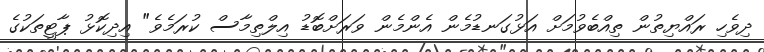
ދިވެހި ރައްޔިތުން ތިއްބެވުމަށް އަޅުގަނޑުމެން އެންމެން ވަރަށްބޮޑު އިލްތިމާސް ކުރަމެވެ" އިދިކޮޅު ޕާޓީތަކުގެ